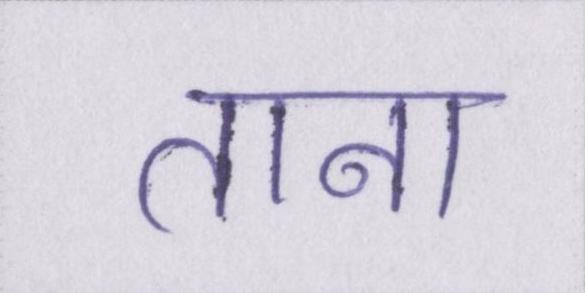
ताना